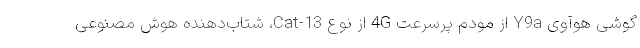
گوشی هوآوی Y9a از مودم پرسرعت 4G از نوع Cat-13، شتاب‌دهنده هوش مصنوعی